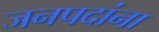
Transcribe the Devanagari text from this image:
जनपदांना